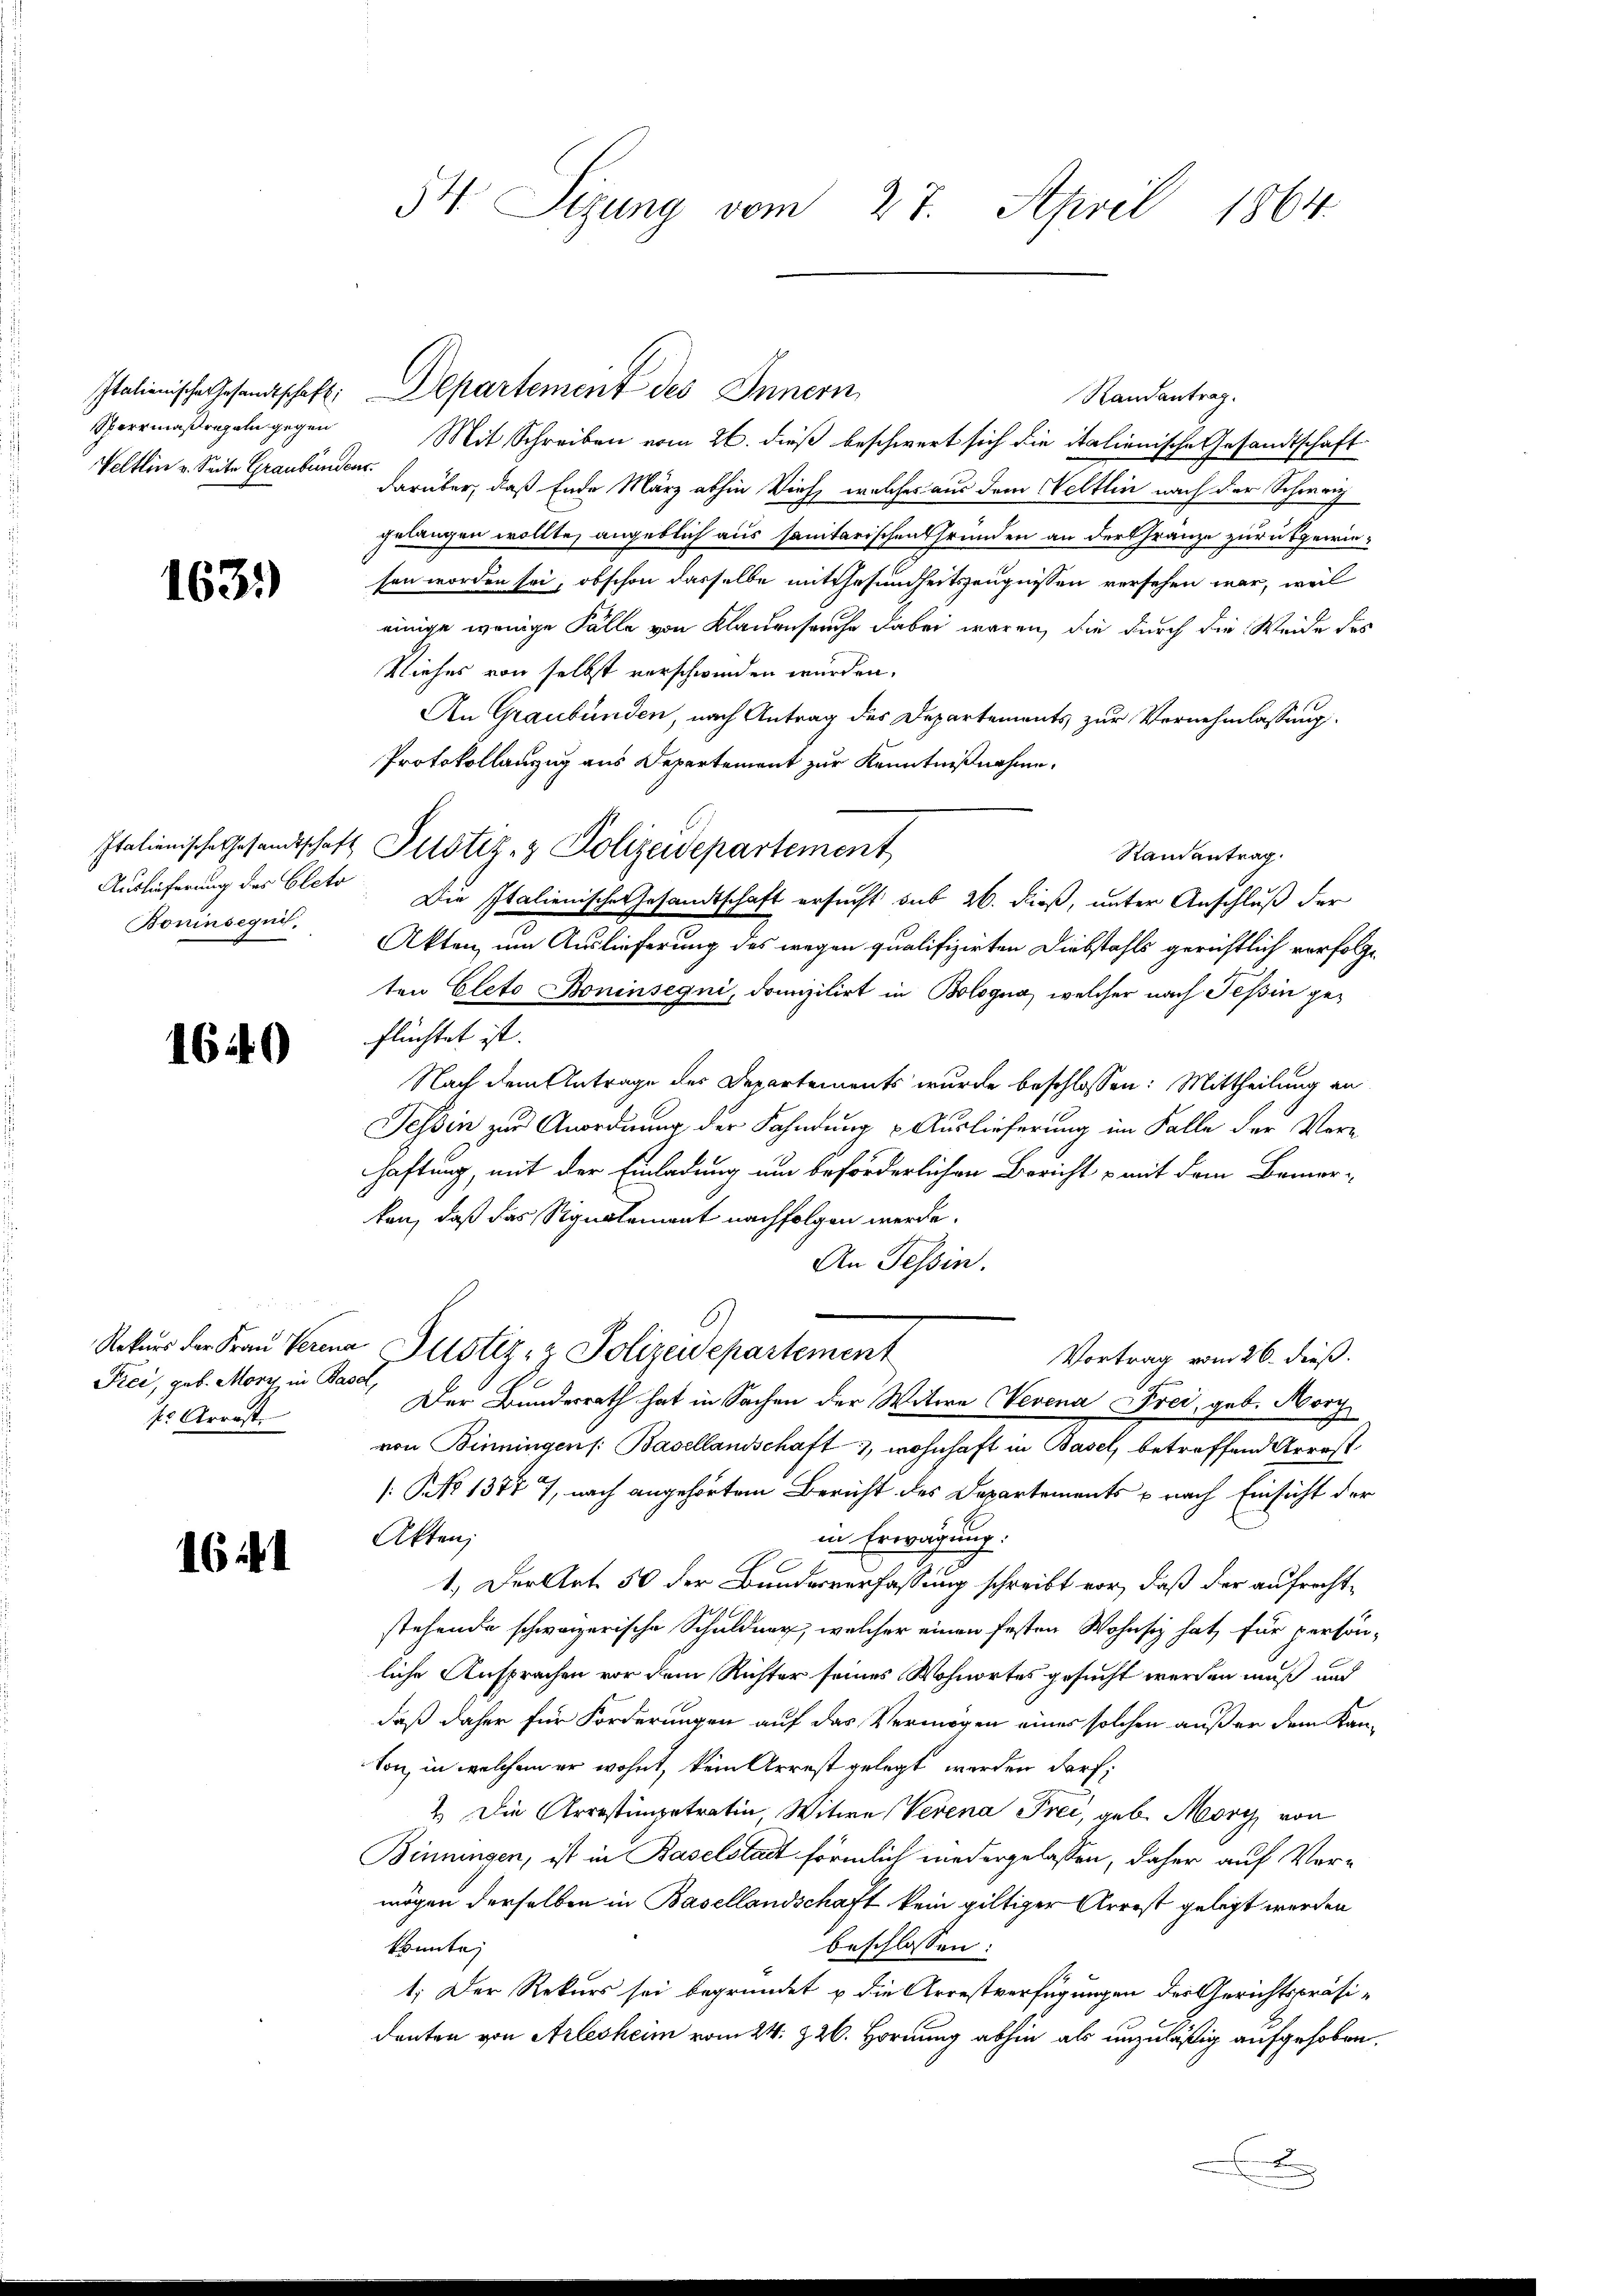
Sperrmaßregeln gegen
Veltlin v. Seite Graubündens.

1631)

Auslieferung des Eleto
Boninsequis,

1649

Frei, geb. Mory in Basel,
kl Arrest.

161

54. Sizung vom 27. April 1864.

Italienische Gesandtschaft: Departement des Innern
Randantrag.
Mit Schreiben vom 26. dieß beschwert sich die italienische Gesandtschaft
darüber, daß Ende März abhin Vieh, welches aus dem Weltlin nach der Schweiz
gelangen wollte, angeblich aus sanitarischen Gründen an der Franze zurückgewiesen worden sei, obschon dasselbe mit Gesundheitszeugnissen versehen war, weil
einige wenige Fälle von Klauenseuche dabei waren, die durch die Weide des
Viehes von selbst verschwinden wurden.
An Graubünden, nach Antrag des Departements zur Vornehmlassung
Protokollanzug aus Depertement zur Kenntnißnahme.
Italienische Gesandtschaft Pustiz- & Polizeidepartement
Randantrag.
Die Italienische Gesandtschaft ersucht sub 26. dieß, unter Anschluß der
Akten, um Auslieferung des wegen qualifizirten Diebstahls gerichtlich verfolgten Eleto Boninsegni, domizilirt in Bologna, welcher nach Teßin geflüchtet ist.
Nach dem Antrage des Departements wurde beschlossen: Mittheilung an
Tessin zur Anordnung der Fahndung Auslieferung im Falle der Verhaftung, mit der Einladung um beförderlichen Bericht mit dem Bemer-
kan, daß das Signalement nachfolgen werde.
An Tessin.
Rekurs der Fraŭ Verina Justiz- & Polizeidepartement
Vortrag vom 26. dieß.
Der Bundesrath hat in Sachen der Witwe Nevena Frei, geb. Morg
von Binningen /: Basellandschaft, wohnhaft in Basel, betreffend Arrest
[: No 13777, nach angehörtem Bericht des Departements u nach Einsicht der
in Erwägung:
Akten;
1.) Der Art. 50 der Bundesverfassung schreibt vor, daß der aufrechtstehende schweizerische Schuldner, welcher einen festen Wohnsiz hat, für persön-
liche Ansprachen vor dem Richter seines Wohnortes gesucht werden muß und
daß daher für Forderungen auf das Vermögen eines solchen außer dem Kanton, in welchem er wohnt, kein Arrest gelegt werden darf;
2. Die Arrestimpetratin, Witwe Verena Frei, geb. Mory von
Binningen, ist in Baselstadt förmlich niedergelassen, daher auf Vermögen derselben in Basellandschaft kein giltiger Arrest gelegt werden
beschlossen:
konnte,
1; Der Rekurs sei begründet u die Arrestverfügungen des Gerichtspräsidenten von Arlesheim vom 24. Z. 26. Hornung abhin als unzuläßig aufgehoben.

g